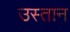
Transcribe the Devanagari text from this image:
उस्तान